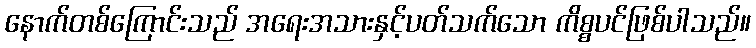
နောက်တစ်ကြောင်းသည် အရေးအသားနှင့်ပတ်သက်သော ကိစ္စပင်ဖြစ်ပါသည်။